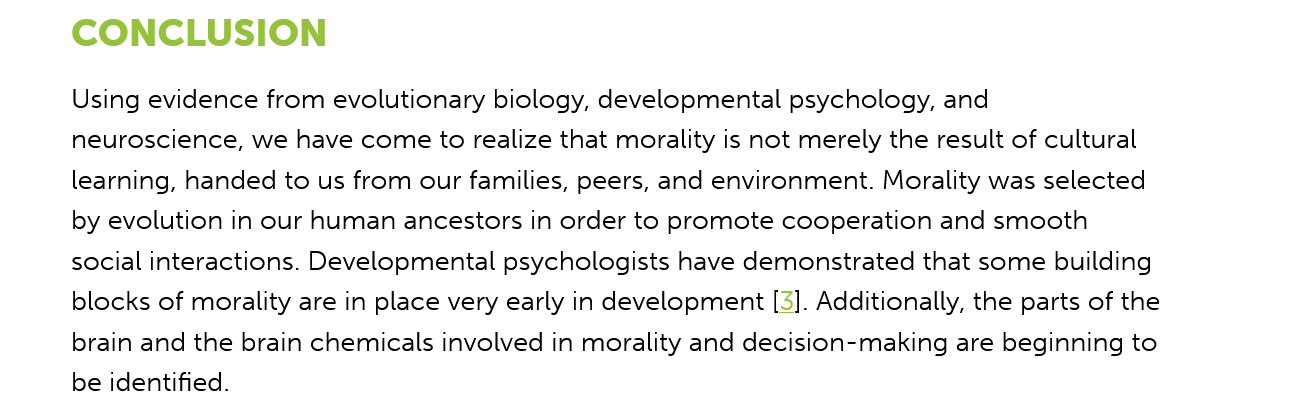
CONCLUSION
     Using evidence from evolutionary biology, developmental psychology, and
     neuroscience, we have come to realize that morality is not merely the result of cultural
     learning, handed to us from our families, peers, and environment. Morality was selected
     by evolution in our human ancestors in order to promote cooperation and smooth
     social interactions. Developmental psychologists have demonstrated that some building
     blocks of morality are in place very early in development [3]. Additionally, the parts of the
     brain and the brain chemicals involved in morality and decision-making are beginning to
     be identified.